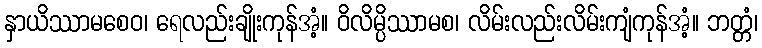
နှာယိဿာမစေဝ၊ ရေလည်းချိုးကုန်အံ့။ ဝိလိမ္ပိဿာမစ၊ လိမ်းလည်းလိမ်းကျံကုန်အံ့။ ဘတ္တံ၊